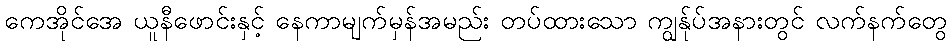
ကေအိုင်အေ ယူနီဖောင်းနှင့် နေကာမျက်မှန်အမည်း တပ်ထားသော ကျွန်ုပ်အနားတွင် လက်နက်တွေ